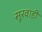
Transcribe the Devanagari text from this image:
सूरवाडी